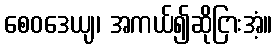
စေဝဒေယျ၊ အကယ်၍ဆိုငြားအံ့။